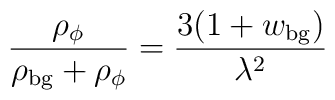
\frac{\rho_\phi}{\rho_{\rm bg} +\rho_\phi} = \frac{3(1+w_{\rm bg})}{\lambda^2}